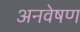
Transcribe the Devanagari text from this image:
अनवेषण